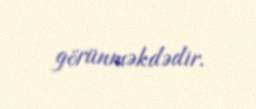
görünməkdədir.